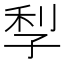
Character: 𡥬